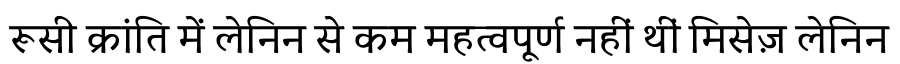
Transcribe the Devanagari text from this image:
रूसी क्रांति में लेनिन से कम महत्वपूर्ण नहीं थीं मिसेज़ लेनिन